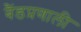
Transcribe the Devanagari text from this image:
बैंडप्रणाली